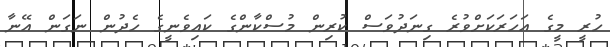
ހުރީ މީގެ އަހަރަކަށްވުރެ ގިނަދުވަސް ކުރިން މުސްކާންގެ ކައިވެނީގެ ހެދުން ނަގަން އޭނާ